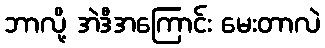
ဘာလို့ အဲဒီအကြောင်း မေးတာလဲ